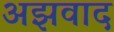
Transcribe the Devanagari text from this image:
अझवाद